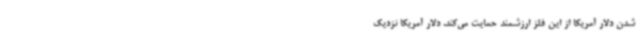
شدن دلار آمریکا از این فلز ارزشمند حمایت می‌کند. دلار آمریکا نزدیک